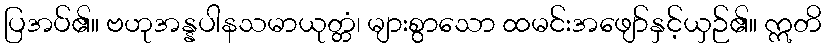
ပြအပ်၏။ ဗဟုအန္နပါနသမာယုတ္တံ၊ များစွာသော ထမင်းအဖျော်နှင့်ယှဉ်၏။ ဣတိ